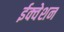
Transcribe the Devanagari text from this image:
ईक्वेशन